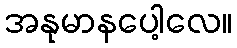
အနုမာနပေါ့လေ။